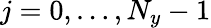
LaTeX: j=0,\ldots,N_{y}-1